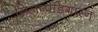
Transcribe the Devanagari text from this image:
सिलप्पडिगारन्